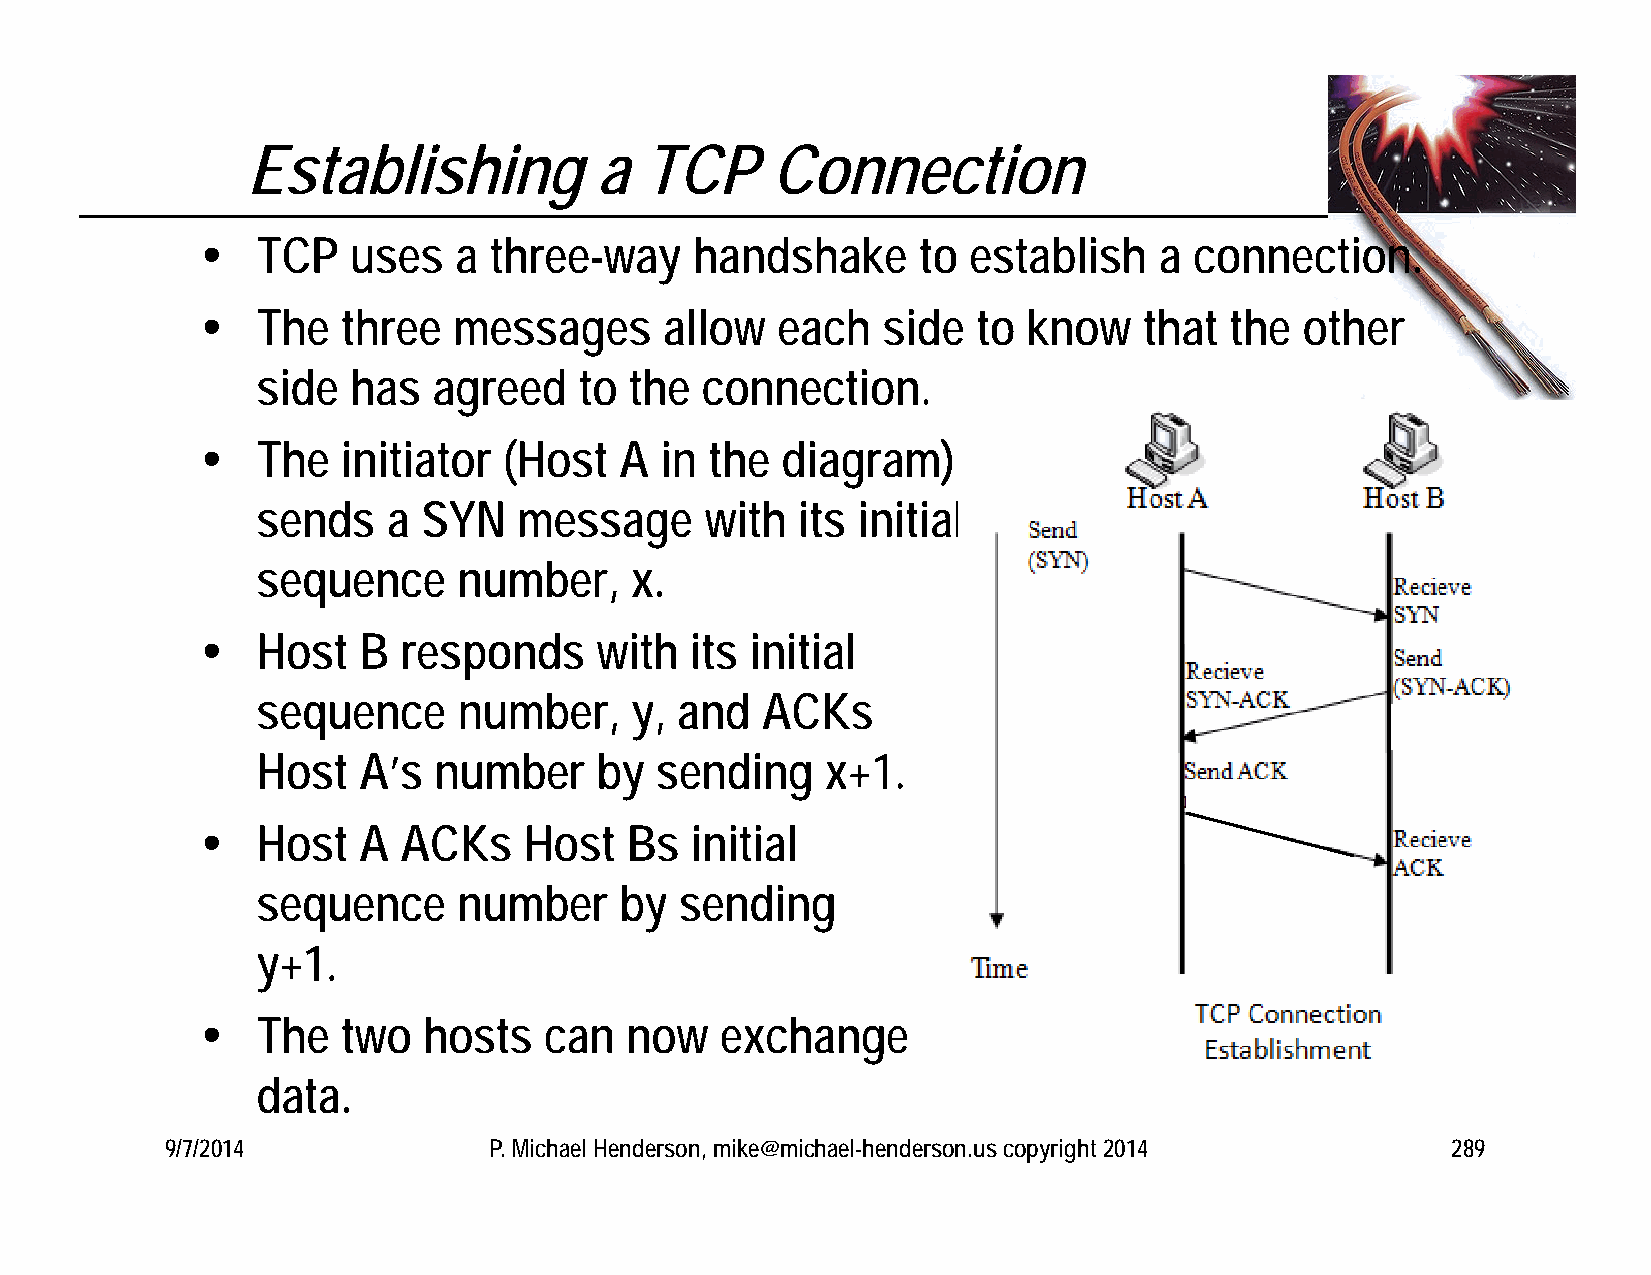
Establishing            a  TCP     Connection
    TCP   uses   a three-way     handshake      to establish    a connection.
    The   three  messages      allow  each   side   to know    that the  other
 side  has   agreed   to  the connection.
    The   initiator (Host   A  in the  diagram)
 sends    a SYN   message      with  its initial
 sequence     number,     x.
    Host   B  responds    with   its initial
 sequence     number,     y, and  ACKs
 Host   A’s  number    by  sending     x+1.
    Host   A  ACKs    Host  Bs   initial
 sequence     number     by  sending
 y+1.
    The   two  hosts   can  now    exchange
 data.
 9/7/2014             P. Michael Henderson, mike@michael-henderson.us copyright 2014  289